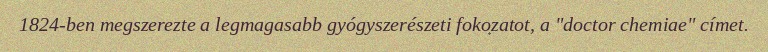
1824-ben megszerezte a legmagasabb gyógyszerészeti fokozatot, a "doctor chemiae" címet.